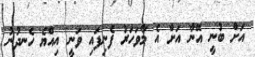
އަށް ބުނީ އޭނާ އަށް އެ މާވަހަރު ފެނިފައި ވަނީ އިއްޔެ ހެނދުނު